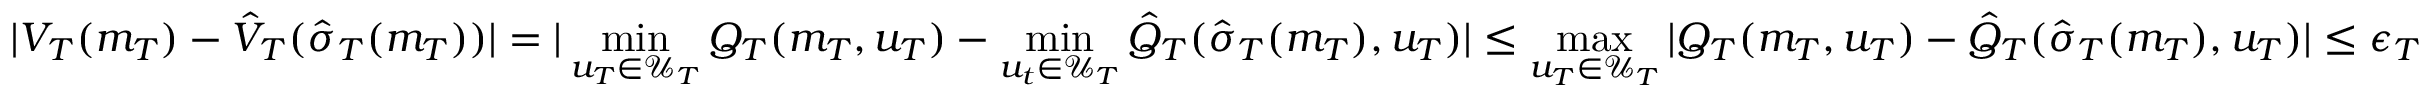
| V _ { T } ( m _ { T } ) - \hat { V } _ { T } ( \hat { \sigma } _ { T } ( m _ { T } ) ) | = | \operatorname* { m i n } _ { u _ { T } \in \mathcal { U } _ { T } } Q _ { T } ( m _ { T } , u _ { T } ) - \operatorname* { m i n } _ { u _ { t } \in \mathcal { U } _ { T } } \hat { Q } _ { T } ( \hat { \sigma } _ { T } ( m _ { T } ) , u _ { T } ) | \leq \operatorname* { m a x } _ { u _ { T } \in \mathcal { U } _ { T } } | Q _ { T } ( m _ { T } , u _ { T } ) - \hat { Q } _ { T } ( \hat { \sigma } _ { T } ( m _ { T } ) , u _ { T } ) | \leq \epsilon _ { T }